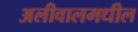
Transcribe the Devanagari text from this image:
अलीवालमधील